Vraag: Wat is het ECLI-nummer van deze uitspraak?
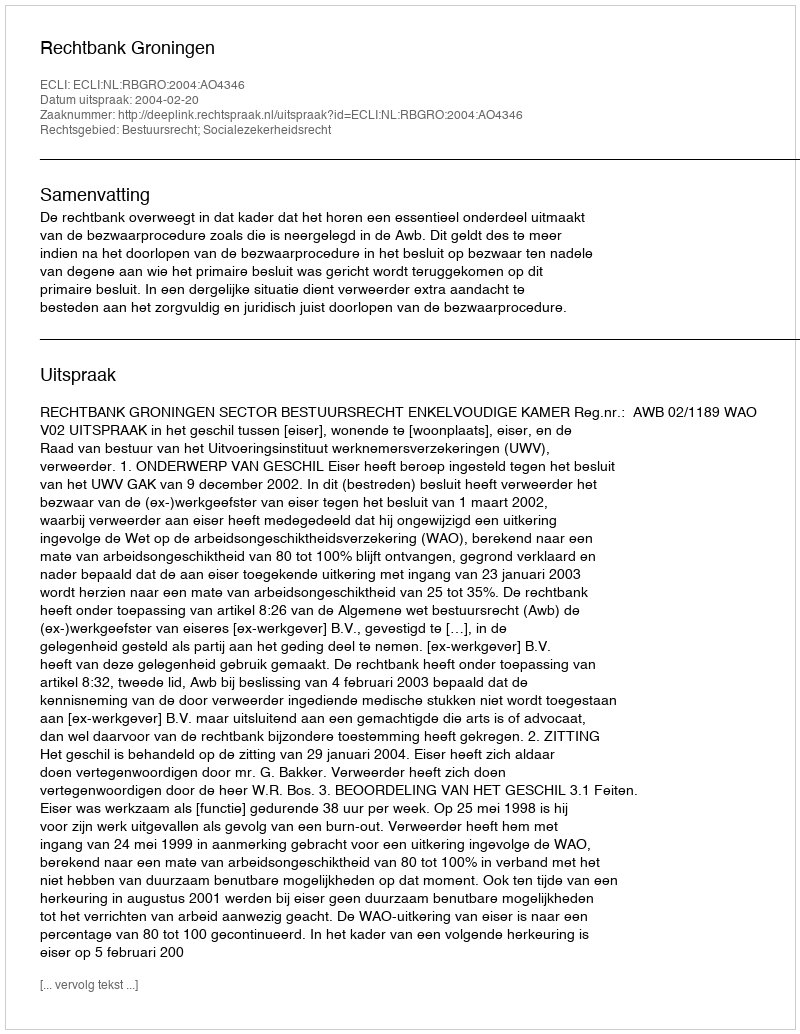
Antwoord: ECLI:NL:RBGRO:2004:AO4346